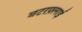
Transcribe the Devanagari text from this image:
बटरफ़्लाई